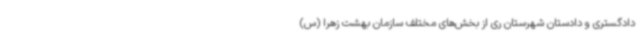
دادگستری و دادستان شهرستان ری از بخش‌های مختلف سازمان بهشت زهرا (س)